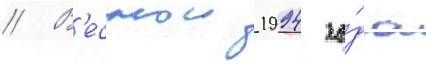
// В'еснои 1994 го́да